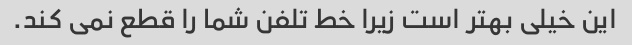
این خیلی بهتر است زیرا خط تلفن شما را قطع نمی کند.